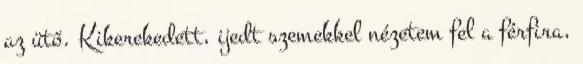
az ütő. Kikerekedett, ijedt szemekkel nézetem fel a férfira,